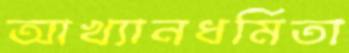
আখ্যানধর্মিতা